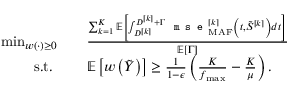
\begin{array} { r l } { \operatorname* { m i n } _ { w ( \cdot ) \geq 0 } } & { \quad \frac { \sum _ { k = 1 } ^ { K } { \mathbb { E } } \left[ \int _ { D ^ { [ k ] } } ^ { D ^ { [ k ] } + \Gamma } \texttt { m s e } _ { \mathrm { M A F } } ^ { [ k ] } \left( t , \tilde { S } ^ { [ k ] } \right) d t \right] } { \mathbb { E } \left[ \Gamma \right] } } \\ { \mathrm { s . t . ~ } } & { \quad { \mathbb { E } } \left[ w \left( \tilde { Y } \right) \right] \geq \frac { 1 } { 1 - \epsilon } \left( \frac { K } { f _ { \operatorname* { m a x } } } - \frac { K } { \mu } \right) . } \end{array}